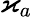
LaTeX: \varkappa_{a}